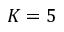
K = 5